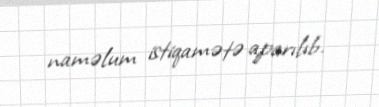
naməlum istiqamətə aparılıb.